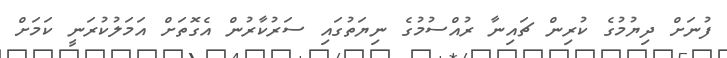
ފުނަށް ދިޔުމުގެ ކުރިން ޗައިނާ ރުއްސުމުގެ ނިޔަތުގައި ސަރުކާރުން އެގޮތަށް އަމަލުކުރަނީ ކަމަށް